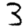
Digit: 3